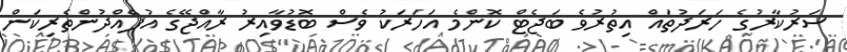
ސަރުކާރުގެ ހަރަދުތައް އިތުރުވެ ބަޖެޓް ކޮންމެ އަހަރަކު ވެސް ބޮޑުވާއިރު ރާއްޖޭގެ އުފެއްދުންތެރިކަން